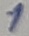
Text: 1